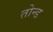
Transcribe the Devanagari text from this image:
तोन्ड